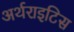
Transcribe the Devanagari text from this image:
अर्थराइटिस